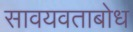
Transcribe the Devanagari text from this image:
सावयवताबोध